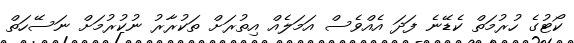
ކޯޓުގެ ހުރުމަތް ކެޑޭނެ ފަދަ އެއްވެސް އަމަލެއް އިތުރަށް ތަކުރާރު ނުކުރުމަށް ނަސޭހަތް